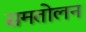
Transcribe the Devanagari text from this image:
समतोलन